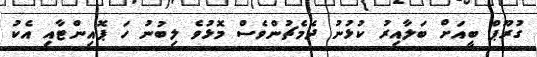
ގުރޫޕް ބީއަށް ބަލާއިރު ކުޅުނު ދެމެޗުންވެސް މޮޅުވެ ލިބުނު ހަ ޕޮއިންޓާއި އެކު